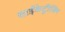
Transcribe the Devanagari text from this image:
साईंकेट्रीजिंग